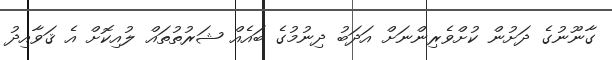
ގާނޫނުގެ ދަށުން ކުށްވެރިންނަށް އަދަބު ދިނުމުގެ ބައެއް ޝަރުތުތައް ލުއިކޮށް އެ ޤަވާއިދު